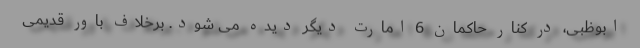
ابوظبی، در کنار حاکمان 6 امارت دیگر دیده می شود. برخلاف باور قدیمی